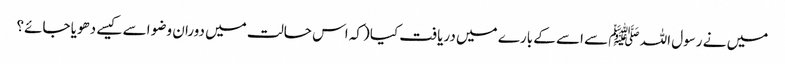
میں نے رسول اللہ ﷺ سے اسے کے بارے میں دریافت کیا (کہ اس حالت میں دوران وضو اسے کیسے دھویا جائے؟